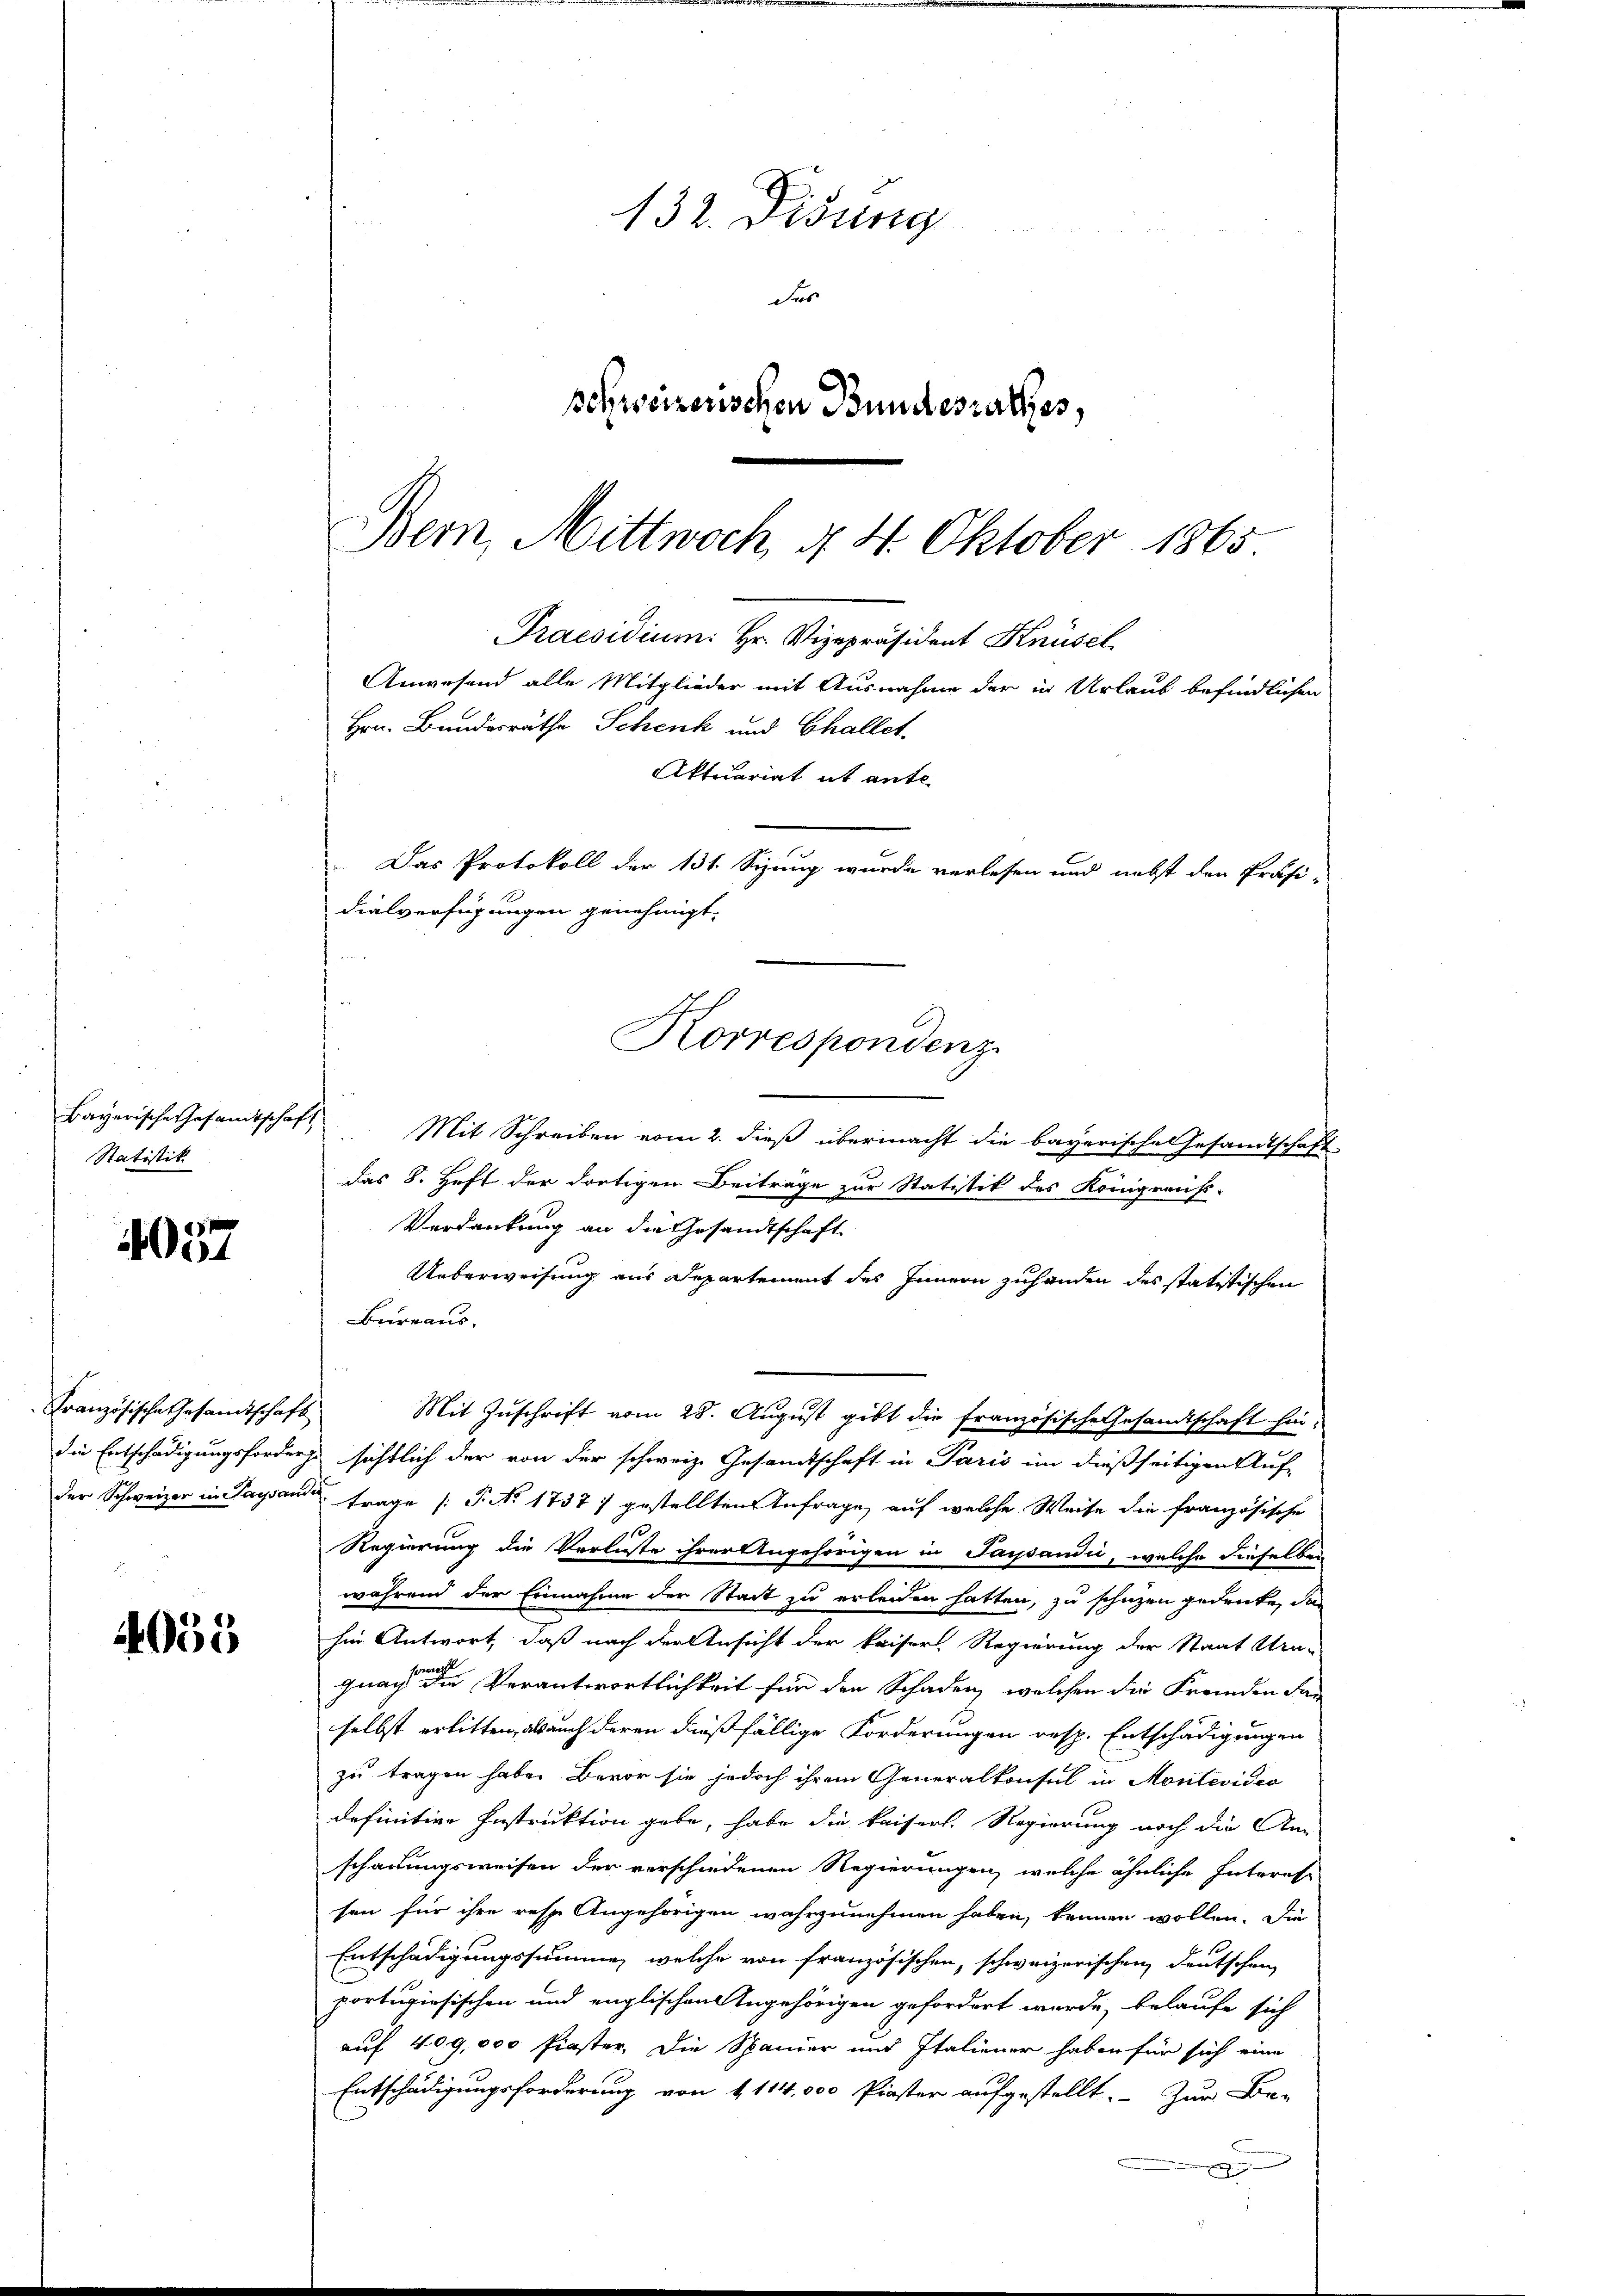
Statistik.

4057

Französische Gesamtschaft

4035

132. Didung
Fes
schweizerischen Bundesrathes,

Bern, Mittwoch, § 4. Oktober 1865.
Praesidium. Hr. Vizepräsident Knüsel.
Anwesend alle Mitglieder mit Ausnahme der in Urlaub befindlichen
Hrn. Bundesräthe Schenk und Challet,
Aktuariat ab ante
 Das Protokoll der 131. Sizung wurde verlesen und nebst den Präsi-
dialverfügungen genehmigt.
d
Korrespondenz

Bayerische Gesandtschaft, Mit Schreiben vom 2. dieß übermacht die bayerische Gesandtschaft
das 8. Heft der dortigen Beiträge zur Statistik des Königrens-
Verdankung an die Gesandtschaft
Ueberweisung aus Departement des Innern zuhanden des statistischen
Bureaus.
Mit Zuschrift vom 28. August gibt die französische Gesandtschaft hindie Entschädigungsforders sichtlich der von der schweiz. Gesamtschaft in Paris im dießseitigen Auf-
der Schweizer in Tagsans Frage [P. No 1737) gestellten Anfrage, auf welche Weise die französische
Regierung die Verluste ihrer Angehörigen in Paysandić, welche dieselben
während der Einnahme der Stadt zu erleiden hatten, zu schützen gedenke, dan
hin Antwort, daß nach der Ansicht der kaiser Regierung der Staat Ura-
gnachte einen Verantwortlichkeit für den Schaden, welchen die Fremden dan
selbst erlitten, als auch deren dießfällige Forderungen resp. Entschädigungen
zu tragen habe. Bevor sie jedoch ihrem Generalkonsul in Montevideo
definitive Instruktion gebe, habe die kaiserl. Regierung noch die An-
schauungsweisen der verschiedenen Regierungen, welche ähnliche Interes-
sen für ihre rese Angehörigen wahrzunehmen haben, kennen wollen. Die
Entschädigungssumme, welche von französischen, schweizerischen Deutschen
portugisischen und englischen Angehörigen gefordert wurde, belaufe sich
auf 409,000 finster, die Spanier und Italiener haben für sich eine
Entschädigungsforderung von 1114,000 Piaster aufgestellt. Zur Be-